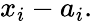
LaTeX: x_{i}-a_{i}.